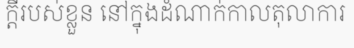
ក្តីរបស់ខ្លួន នៅក្នុងដំណាក់កាលតុលាការ